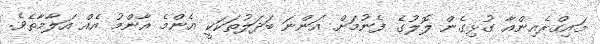
މައިގްރެއިންއާ ގުޅިގެން ލޮލުގެ ފެނުމަށް އަންނަ ބަދަލުތަކަކީ އެންމެ އާންމު އެއް އަލާމާތެވެ.